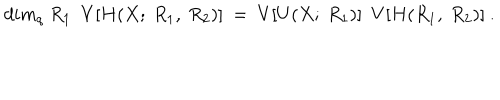
d i m _ { q } ~ R _ { 1 } ~ ~ V [ H ( X ; ~ R _ { 1 } , ~ R _ { 2 } ) ] ~ = ~ V [ U ( X ; ~ R _ { 1 } ) ] ~ ~ V [ H ( R _ { 1 } , ~ R _ { 2 } ) ] ~ .